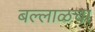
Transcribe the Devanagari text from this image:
बल्लाळचा